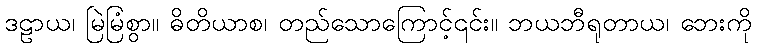
ဒဠာယ၊ မြဲမြံစွာ။ ဓိတိယာစ၊ တည်သောကြောင့်၎င်း။ ဘယဘီရုတာယ၊ ဘေးကို